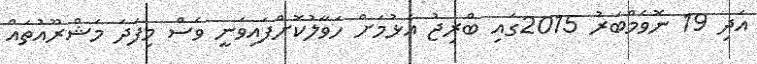
އަދި 19 ނޮވެމްބަރު 2015ގައި ބްރިޖު އެޅުމަށް ހަވާލުކޮށްފައިވަނީ ވެސް މިފަދަ މަޝްރޫއުތައް